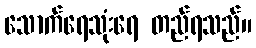
သောက်ရေသုံးရေ တည်ရသည်။